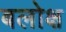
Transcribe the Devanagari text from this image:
बलोक्ष